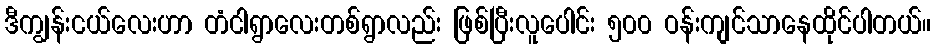
ဒီကျွန်းငယ်လေးဟာ တံငါရွာလေးတစ်ရွာလည်း ဖြစ်ပြီးလူပေါင်း ၅၀၀ ဝန်းကျင်သာနေထိုင်ပါတယ်။